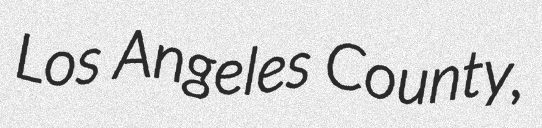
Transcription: Los Angeles County,